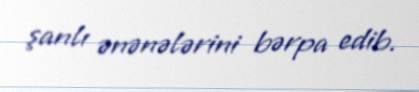
şanlı ənənələrini bərpa edib.